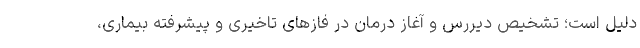
دلیل است؛ تشخیص دیررس و آغاز درمان در فازهای تاخیری و پیشرفته بیماری،